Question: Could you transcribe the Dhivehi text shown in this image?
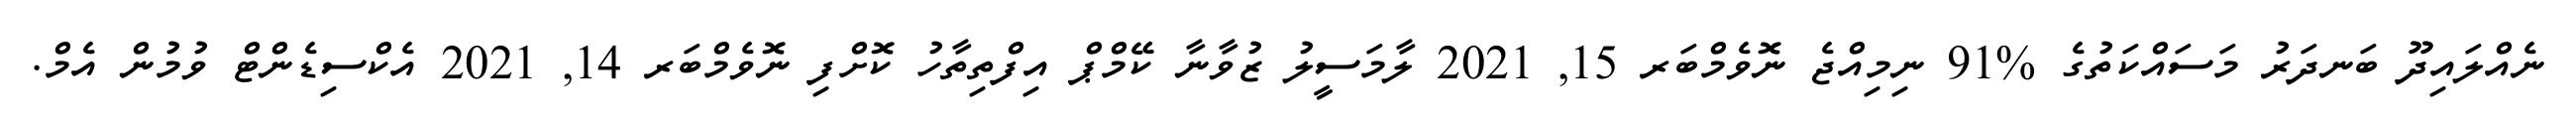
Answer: ނެއްލައިދޫ ބަނދަރު މަސައްކަތުގެ %91 ނިމިއްޖެ ނޮވެމްބަރ 15, 2021 ލާމަސީލު ޒުވާނާ ކޭމްޕް އިފްތިތާހު ކޮށްފި ނޮވެމްބަރ 14, 2021 އެކްސިޑެންޓް ވުމުން އެމް.